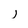
Character: l